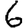
Digit: 6